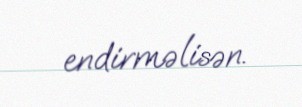
endirməlisən.